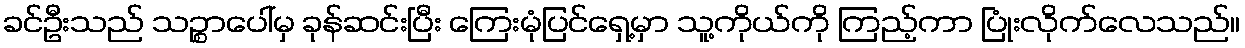
ခင်ဦးသည် သဉ္စာပေါ်မှ ခုန်ဆင်းပြီး ကြေးမုံပြင်ရှေ့မှာ သူ့ကိုယ်ကို ကြည့်ကာ ပြုံးလိုက်လေသည်။